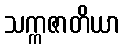
သက္ကဇာတိယာ